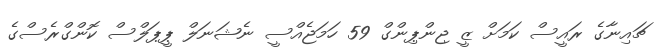
ޗައިނާގެ ރައީސް ކަމަށް ޒީ ޖިންޕިންގް 59 ހަމަޖެއްސީ ނެޝަނަލް ޕީޕަލްސް ކޮންގްރެސްގެ